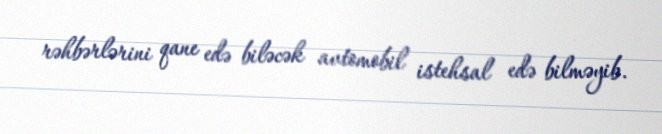
rəhbərlərini qane edə biləcək avtomobil istehsal edə bilməyib.